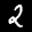
Label: 2